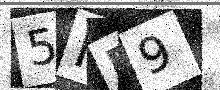
Text: 5HR9